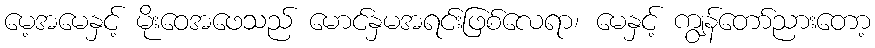
မေ့အမေနှင့် မိုးဝေအဖေသည် မောင်နှမအရင်းဖြစ်လေရာ၊ မေနှင့် ကျွန်တော်ညားတော့